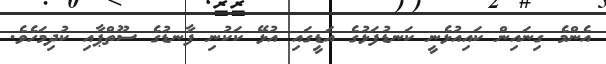
އެންމެ ގިނައިން ކައިއުޅެނީ ކަނޑުފަޅުގެ އަޑީގައި އުޅޭ ކަކުނި ފާނޑުގެ ސޫތްޕާއި ކުދިމަހެވެ.